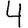
Digit: 4